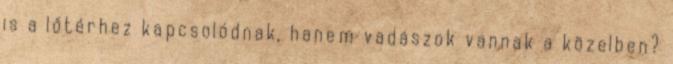
is a lőtérhez kapcsolódnak, hanem vadászok vannak a közelben?